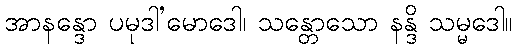
အာနန္ဒော ပမုဒါ’မောဒေါ၊ သန္တောသော နန္ဒိ သမ္မဒေါ။